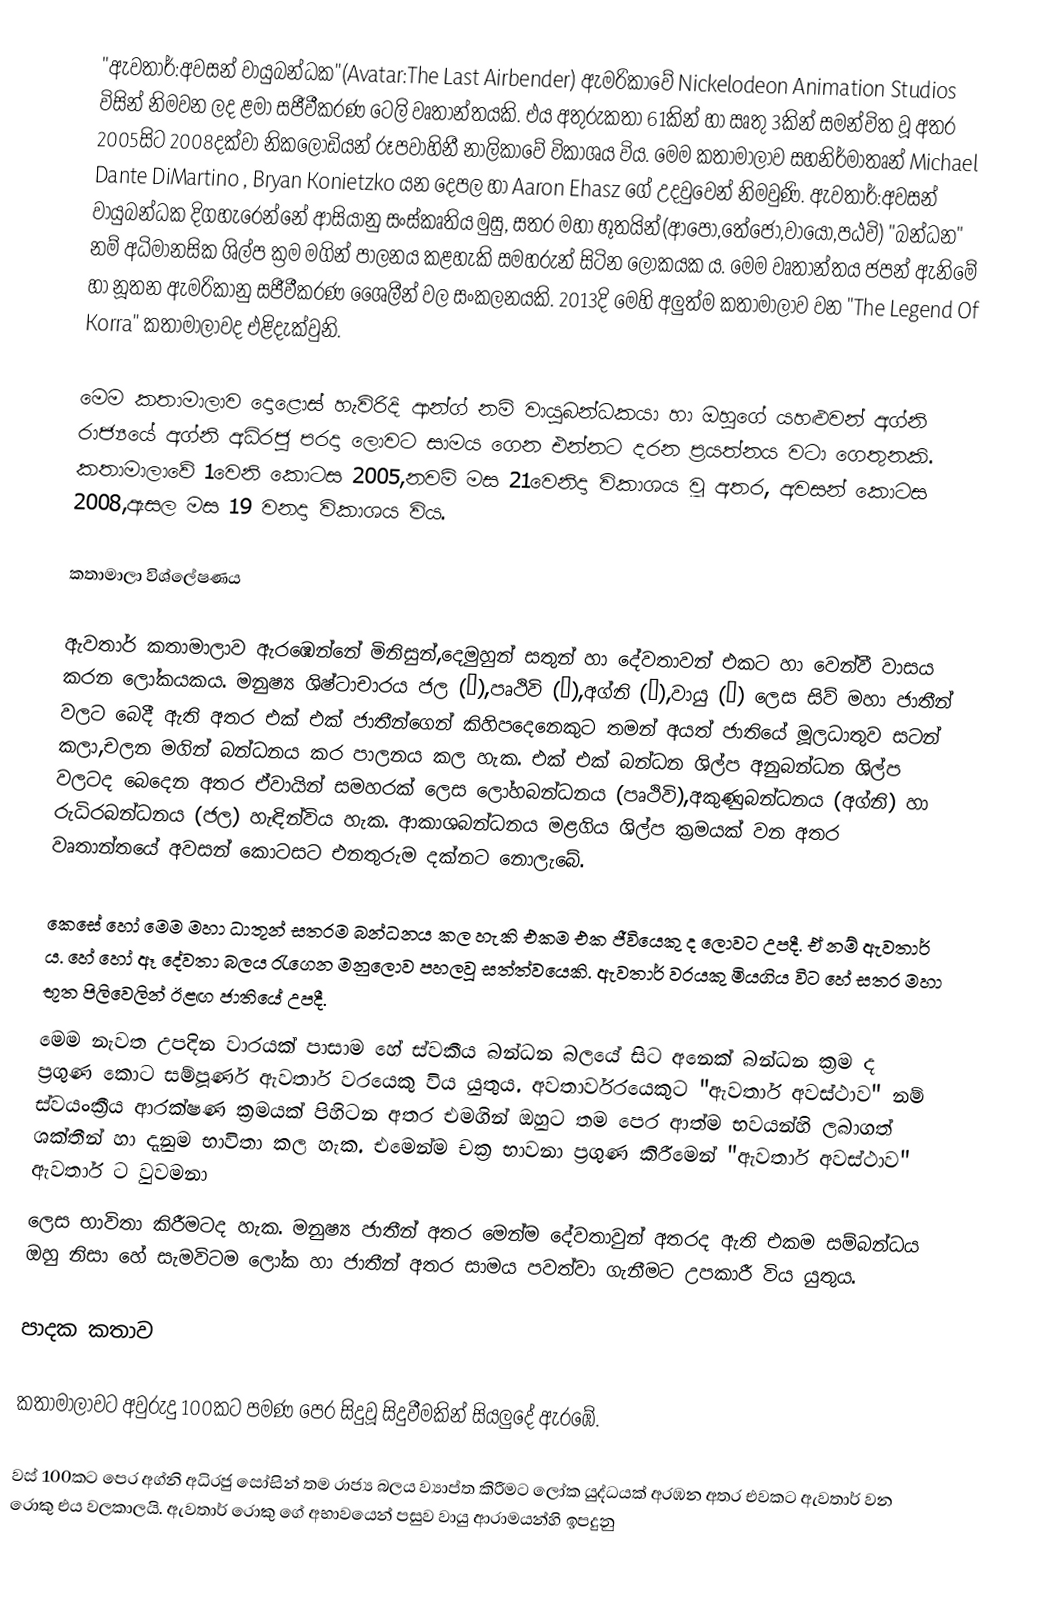
"ඇවතාර්:අවසන් වායුබන්ධක"(Avatar:The Last  Airbender) ඇමරිකාවේ Nickelodeon Animation Studios විසින් නිමවන ලද ළමා සජීවීකරණ ටෙලි වෘතාන්තයකි. එය අතුරුකතා 61කින් හා ඍතු 3කින් සමන්විත වූ අතර 2005සිට 2008දක්වා නිකලෝඩියන් රූපවාහිනී නාලිකාවේ විකාශය විය. මෙම කතාමාලාව සහනිර්මාතෘන් Michael Dante DiMartino , Bryan Konietzko යන දෙපල හා Aaron Ehasz ගේ උදවුවෙන් නිමවුණි. ඇවතාර්:අවසන් වායුබන්ධක දිගහැරෙන්නේ ආසියානු සංස්කෘතිය මුසු, සතර මහා භූතයින්(ආපෝ,තේජෝ,වායෝ,පඨවි) "බන්ධන" නම් අධිමානසික ශිල්ප ක්‍රම මගින් පාලනය කළහැකි සමහරුන් සිටින ලෝකයක ය. මෙම වෘතාන්තය ජපන් ඇනිමේ හා නූතන ඇමරිකානු සජීවීකරණ ශෛලීන් වල සංකලනයකි.  2013දි මෙහි අලුත්ම කතාමාලාව වන "The Legend Of Korra" කතාමාලාවද එළිදැක්වුනි.

මෙම කතාමාලාව දොළොස් හැවිරිදි ආන්ග් නම් වායුබන්ධකයා හා ඔහුගේ යහළුවන් අග්නි රාජ්‍යයේ අග්නි අධිරජු පරදා ලොවට සාමය ගෙන එන්නට දරන ප්‍රයත්නය වටා ගෙතුනකි. කතාමාලාවේ 1වෙනි කොටස 2005,නවම් මස 21වෙනිදා විකාශය වූ අතර, අවසන් කොටස 2008,ඇසල මස 19 වනදා විකාශය විය.

කතාමාලා විශ්ලේෂණය

ඇවතාර් කතාමාලාව ඇරඹෙන්නේ මිනිසුන්,දෙමුහුන් සතුන් හා දේවතාවන් එකට හා වෙන්වී වාසය කරන ලෝකයකය. මනුෂ්‍ය ශිෂ්ටාචාරය ජල (水),පෘථිවි (土),අග්නි (火),වායු (氣) ලෙස සිව් මහා ජාතීන් වලට බෙදී ඇති අතර එක් එක් ජාතීන්ගෙන් කිහිපදෙනෙකුට තමන් අයත් ජාතියේ මූලධාතුව සටන් කලා,චලන මගින් බන්ධනය කර පාලනය කල හැක. එක් එක් බන්ධන ශිල්ප අනුබන්ධන ශිල්ප වලටද බෙදෙන අතර ඒවායින් සමහරක් ලෙස ලෝහබන්ධනය (පෘථිවි),අකුණුබන්ධනය (අග්නි) හා රුධිරබන්ධනය (ජල) හැඳින්විය හැක. ආකාශබන්ධනය මළගිය ශිල්ප ක්‍රමයක් වන අතර වෘතාන්තයේ අවසන් කොටසට එනතුරුම දක්නට නොලැබේ.

කෙසේ හෝ මෙම මහා ධාතූන් සතරම බන්ධනය කල හැකි එකම එක ජීවියෙකු ද ලොවට උපදී. ඒ නම් ඇවතාර් ය. හේ හෝ ඈ දේවතා බලය රැගෙන මනුලොව පහලවූ සත්ත්වයෙකි. ඇවතාර් වරයකු මියගිය විට හේ සතර මහා භූත පිලිවෙලින් ඊළඟ ජාතියේ උපදී.
මෙම නැවත උපදින වාරයක් පාසාම හේ ස්වකීය බන්ධන බලයේ සිට අනෙක් බන්ධන ක්‍රම ද ප්‍රගුණ කොට සම්පූර්ණ ඇවතාර් වරයෙකු විය යුතුය. අවතාර්වරයෙකුට "ඇවතාර් අවස්ථාව" නම් ස්වයංක්‍රීය ආරක්ෂණ ක්‍රමයක් පිහිටන අතර එමගින් ඔහුට තම පෙර ආත්ම භවයන්හි ලබාගත් ශක්තීන් හා දැනුම භාවිතා කල හැක. එමෙන්ම චක්‍ර භාවනා ප්‍රගුණ කිරීමෙන් "ඇවතාර් අවස්ථාව" ඇවතාර් ට වුවමනා
ලෙස භාවිතා කිරීමටද හැක. මනුෂ්‍ය ජාතීන් අතර මෙන්ම දේවතාවුන් අතරද ඇති එකම සම්බන්ධය ඔහු නිසා හේ සැමවිටම ලෝක හා ජාතීන් අතර සාමය පවත්වා ගැනීමට උපකාරී විය යුතුය.

පාදක කතාව

කතාමාලාවට අවුරුදු 100කට පමණ පෙර සිදුවූ සිදුවීමකින් සියලුදේ ඇරඹේ.

වස් 100කට පෙර අග්නි අධිරජු සෝසින් තම රාජ්‍ය බලය ව්‍යාප්ත කිරීමට ලෝක යුද්ධයක් අරඹන අතර එවකට ඇවතාර් වන රොකු එය වලකාලයි. ඇවතාර් රොකු ගේ අභාවයෙන් පසුව වායු ආරාමයන්හි ඉපදුනු